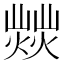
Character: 𤎸